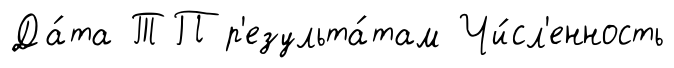
Да́та ТП р'езульта́там Чи́сл'енность